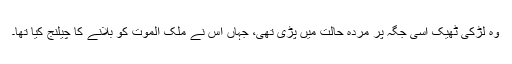
وہ لڑکی ٹھیک اُسی جگہ پر مردہ حالت میں پڑی تھی، جہاں اس نے ملک الموت کو بلانے کا چیلنج کیا تھا۔